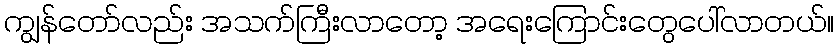
ကျွန်တော်လည်း အသက်ကြီးလာတော့ အရေးကြောင်းတွေပေါ်လာတယ်။